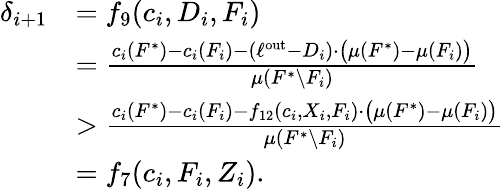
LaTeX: \begin{array}{rl}{\delta_{i+1}}&{=f_{9}(c_{i},D_{i},F_{i})}\\ {}&{=\frac{c_{i}(F^{*})-c_{i}(F_{i})-(\ell^{\mathrm{out}}-D_{i})\cdot\big(\mu(F^{*})-\mu(F_{i})\big)}{\mu(F^{*}\setminus F_{i})}}\\ {}&{>\frac{c_{i}(F^{*})-c_{i}(F_{i})-f_{12}(c_{i},X_{i},F_{i})\cdot\big(\mu(F^{*})-\mu(F_{i})\big)}{\mu(F^{*}\setminus F_{i})}}\\ {}&{=f_{7}(c_{i},F_{i},Z_{i}).}\end{array}